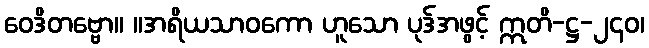
ဝေဒိတဗ္ဗော။ ။အရိယသာဝကော ဟူသော ပုဒ်အဖွင့် ဣတိ-ဋ္ဌ-၂၄၀၊